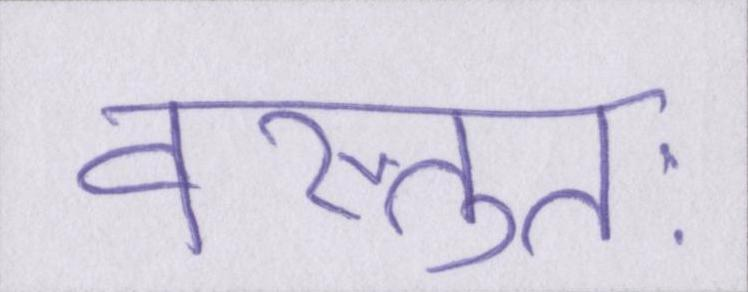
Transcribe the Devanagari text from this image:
वस्तुतः